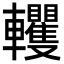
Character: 𨏹